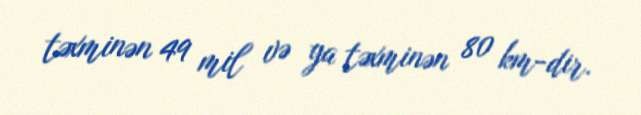
təxminən 49 mil və ya təxminən 80 km-dir.